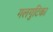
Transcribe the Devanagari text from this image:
गलगुटिका